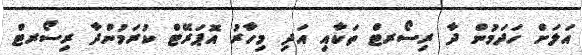
އަލަށް ހަދަމުން ދާ ރިސޯރޓް ތަކާއި އަދި މިހާރު އޮޕަރޭޓް ކުރަމުންދާ ރިސޯރޓް